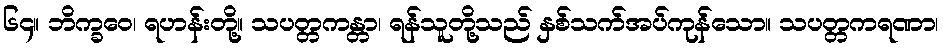
၆၄။ ဘိက္ခဝေ၊ ရဟန်းတို့။ သပတ္တကန္တာ၊ ရန်သူတို့သည် နှစ်သက်အပ်ကုန်သော။ သပတ္တကရဏာ၊